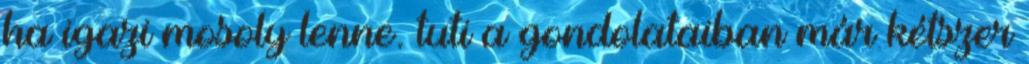
ha igazi mosoly lenne. tuti a gondolataiban már kétszer